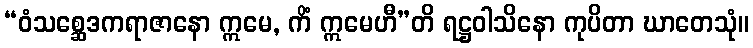
“ဝံသစ္ဆေဒကရာဇာနော ဣမေ, ကိံ ဣမေဟီ”တိ ရဋ္ဌဝါသိနော ကုပိတာ ဃာတေသုံ။